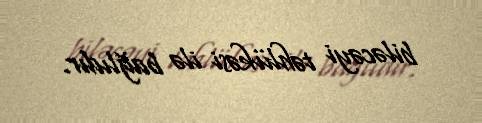
biləcəyi təhlükəsi ilə bağlıdır.